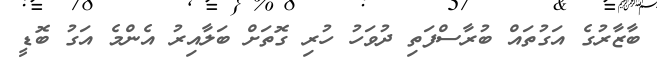
ބާޒާރުގެ އަގުތައް ބުރާސްފަތި ދުވަހު ހުރި ގޮތަށް ބަލާއިރު އެންމެ އަގު ބޮޑީ